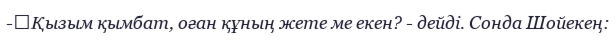
-	Қызым қымбат, оған құның жете ме екен? - дейді. Сонда Шойекең: